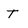
Character: t